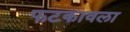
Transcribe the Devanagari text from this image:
फटकावला